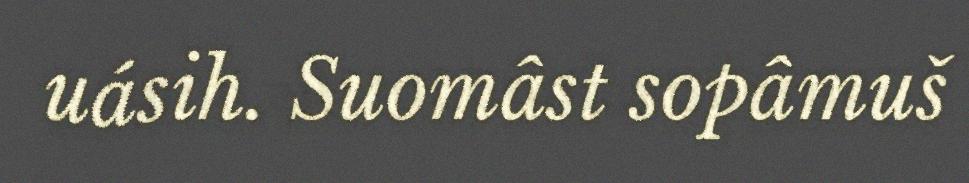
uásih. Suomâst sopâmuš